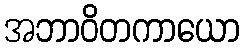
အဘာဝိတကာယော